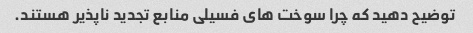
توضیح دهید که چرا سوخت های فسیلی منابع تجدید ناپذیر هستند.